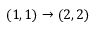
( 1 , 1 ) \rightarrow ( 2 , 2 )